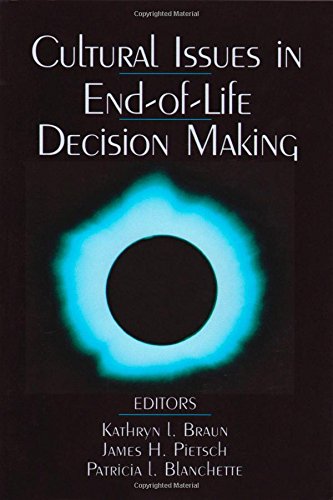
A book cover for Cultural Issues in End-of-Life Decision Making; Medical Books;